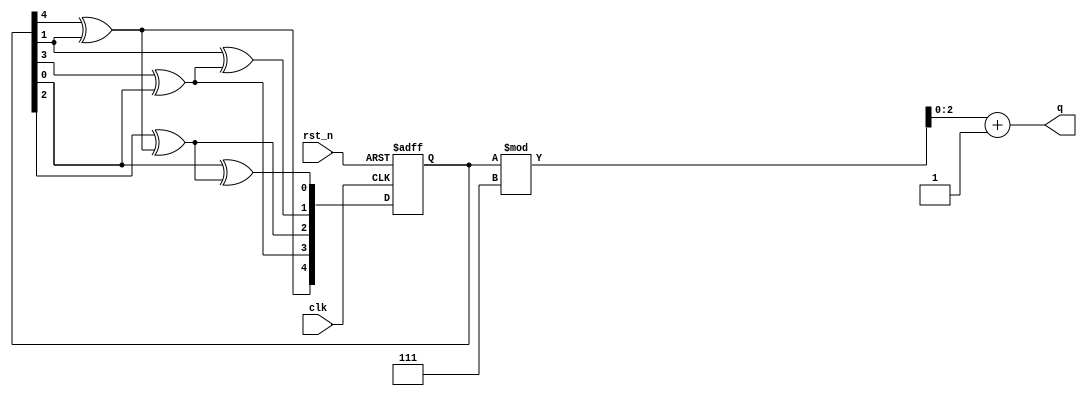
module LFSR(
  input clk,
  input rst_n,
  output [2:0] q
);
reg [4:0] data;
reg [4:0] data_next;

always @* begin
  data_next[4] = data[4]^data[1];
  data_next[3] = data[3]^data[0];
  data_next[2] = data[2]^data_next[4];
  data_next[1] = data[1]^data_next[3];
  data_next[0] = data[0]^data_next[2];
end

always @(posedge clk or negedge rst_n)
  if(!rst_n)
    data <= 5'h1f;
  else
    data <= data_next;

assign q=((data)%7)+1;
endmodule